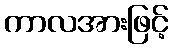
ကာလအားဖြင့်